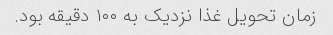
زمان تحویل غذا نزدیک به ۱۰۰ دقیقه بود.